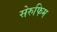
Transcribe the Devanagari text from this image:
सेरुफिम